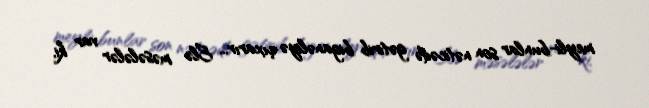
meyli-bunlar son nəticədə gətirib biganəliyə çıxarır... Elə məsələlər var ki,